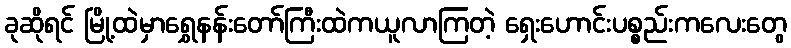
ခုဆိုရင် မြို့ထဲမှာရွှေနန်းတော်ကြီးထဲကယူလာကြတဲ့ ရှေးဟောင်းပစ္စည်းကလေးတွေ